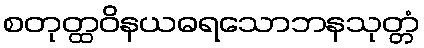
စတုတ္ထဝိနယဓရသောဘနသုတ္တံ